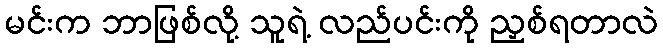
မင်းက ဘာဖြစ်လို့ သူရဲ့ လည်ပင်းကို ညှစ်ရတာလဲ